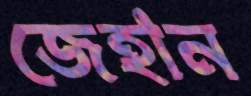
জেহান